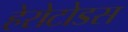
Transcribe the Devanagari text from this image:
हेरोटोडस